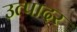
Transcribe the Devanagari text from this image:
उत्पादर